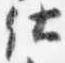
仕